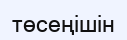
төсеңішін